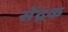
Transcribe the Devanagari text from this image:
सेंद्रक